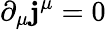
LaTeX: \partial_{\mu}\mathbf{j}^{\mu}=0